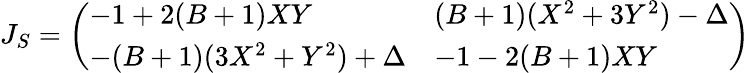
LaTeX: \begin{array}{r}{J_{S}=\left(\begin{array}{ll}{-1+2(B+1)XY}&{(B+1)(X^{2}+3Y^{2})-\Delta}\\ {-(B+1)(3X^{2}+Y^{2})+\Delta}&{-1-2(B+1)XY}\end{array}\right)}\end{array}